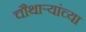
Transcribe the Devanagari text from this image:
चौथाऱ्यांच्या